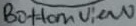
Text: Bottom View